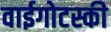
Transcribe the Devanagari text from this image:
वाईगोटस्की